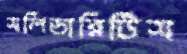
সলিডারিটিস